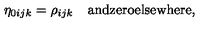
\eta _ { 0 i j k } = \rho _ { i j k } \quad \mathrm { a n d z e r o e l s e w h e r e } ,